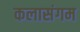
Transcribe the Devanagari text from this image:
कलासंगम